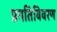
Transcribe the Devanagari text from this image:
प्रगतिविवरण